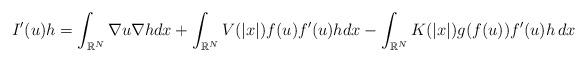
LaTeX: \begin{align*} I' (u) h = \int_{\mathbb{R}^{N}}\nabla u \nabla h dx + \int_{\mathbb{R}^{N}}V(|x|) f (u) f'(u) h dx -\int_{\mathbb{R}^{N}}K(|x|) g(f (u)) f'(u) h\,dx \end{align*}